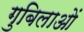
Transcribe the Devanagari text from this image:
गुबिलाओं